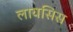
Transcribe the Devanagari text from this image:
लायसिस